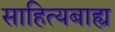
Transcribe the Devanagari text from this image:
साहित्यबाह्य